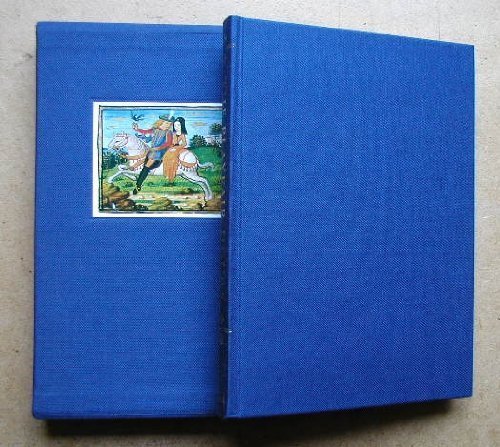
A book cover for The Playfair Hours: A Late Fifteenth Century Illuminated Manuscript from Rouen (V & a, L. 475-1918); Rowan Watson; Arts & Photography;